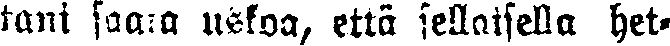
tani saara uskoa, etta sellaisella het-